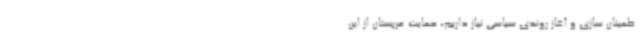
طمینان‌ سازی و آغاز روندی سیاسی نیاز داریم، حمایت عربستان از این